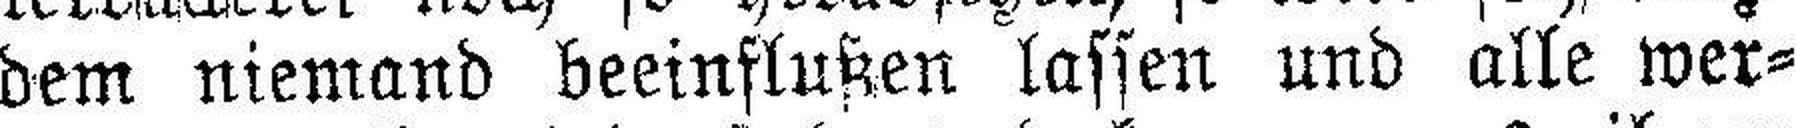
dem niemand beeinflußen lassen und alle wer¬